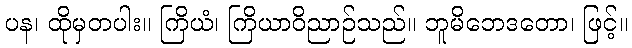
ပန၊ ထိုမှတပါး။ ကြိယံ၊ ကြိယာဝိညာဉ်သည်။ ဘူမိဘေဒတော၊ ဖြင့်။